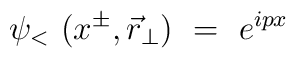
\psi_<~(x^{\pm}, {\vec r}_{\perp})~=~e^{ipx}